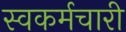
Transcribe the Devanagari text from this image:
स्वकर्मचारी